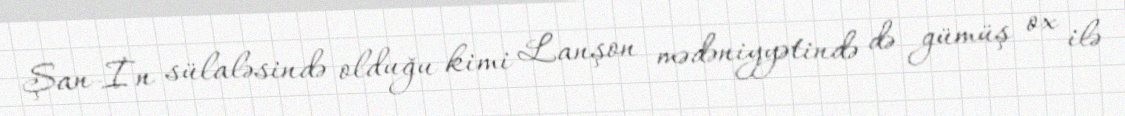
Şan-İn sülaləsində olduğu kimi Lanşon mədəniyyətində də gümüş ox ilə